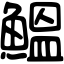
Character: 鰮